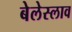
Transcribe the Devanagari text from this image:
बेलेस्लाव